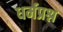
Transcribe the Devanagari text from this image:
धर्मप्रश्न